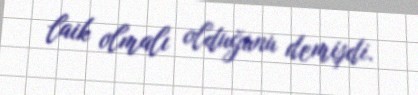
laik olmalı olduğunu demişdi.